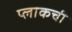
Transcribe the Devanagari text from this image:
प्लाकची